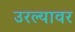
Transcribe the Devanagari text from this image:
उरल्यावर